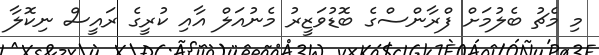
މި މެޗު ބެލުމަށް ފްރާންސްގެ ބޮޑުވަޒީރު މެނުއަލް އާއި ކުރީގެ ރައީސް ނިކޮލާ